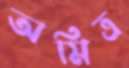
অমিত্র